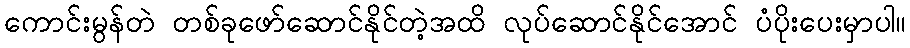
ကောင်းမွန်တဲ တစ်ခုဖော်ဆောင်နိုင်တဲ့အထိ လုပ်ဆောင်နိုင်အောင် ပံပိုးပေးမှာပါ။